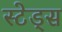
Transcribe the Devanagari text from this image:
स्टेड्स